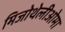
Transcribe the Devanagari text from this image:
मिजोथेलीओमा